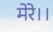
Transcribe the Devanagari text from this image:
मेरे।।